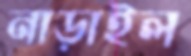
নাড়াইল